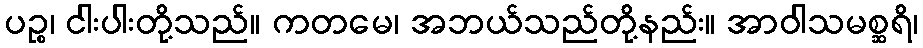
ပဉ္စ၊ ငါးပါးတို့သည်။ ကတမေ၊ အဘယ်သည်တို့နည်း။ အာဝါသမစ္ဆရိ၊